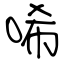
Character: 唏